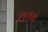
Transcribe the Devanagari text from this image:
शयनं